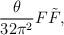
LaTeX: \begin{align*}\frac {\theta}{32 \pi^2} F \tilde{F},\end{align*}